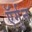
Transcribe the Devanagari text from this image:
ऍर्गुन